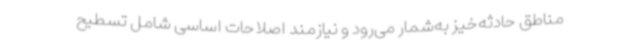
مناطق حادثه‌خیز به‌شمار می‌رود و نیازمند اصلاحات اساسی شامل تسطیح